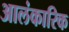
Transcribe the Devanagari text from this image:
आलंकारिक